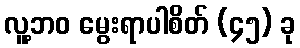
လူ့ဘဝ မွေးရာပါစိတ် (၄၅) ခု